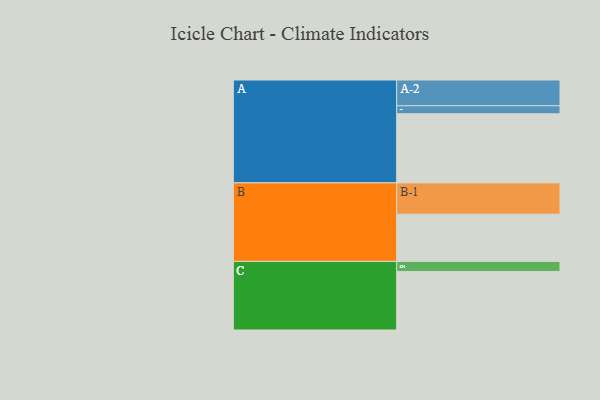
{"axis": {"x": "Segment", "y": "Value"}, "legend": ["", "A", "B", "C"], "data": [{"x": "A", "y": 550, "type": ""}, {"x": "B", "y": 376, "type": ""}, {"x": "C", "y": 466, "type": ""}, {"x": "A-1", "y": 64, "type": "A"}, {"x": "A-2", "y": 205, "type": "A"}, {"x": "B-1", "y": 249, "type": "B"}, {"x": "C-1", "y": 80, "type": "C"}]}